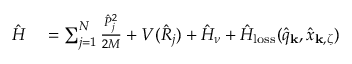
\begin{array} { r l } { \hat { H } } & { { } = \sum _ { j = 1 } ^ { N } \frac { \hat { P } _ { j } ^ { 2 } } { 2 M } + V ( \hat { R } _ { j } ) + \hat { H } _ { \nu } + \hat { H } _ { \mathrm { l o s s } } ( \hat { q } _ { \bf k } , \hat { x } _ { { \bf k } , \zeta } ) } \end{array}